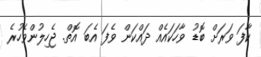
ކާފަ ވަރަށް ބޮޑު ވާހަކައެއް ދައްކަން ވެފަ އެބަ އޮތް. ޖެހިލުންވެހުރެ